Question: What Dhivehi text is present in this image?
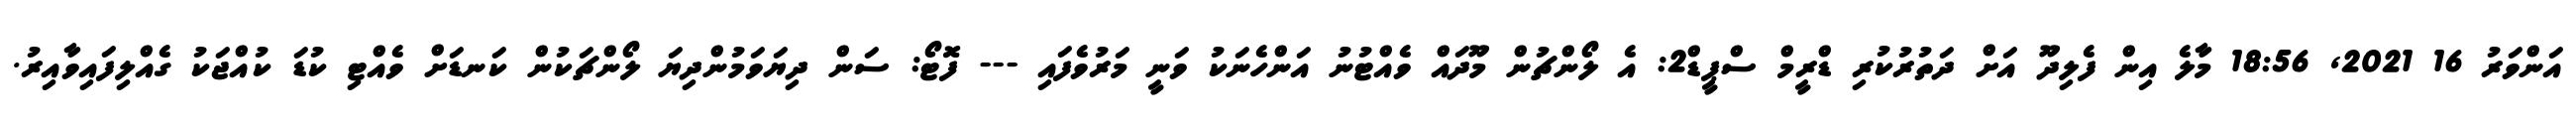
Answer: އަންވަރު 16 2021, 18:56 މާލެ އިން ފެލިދޫ އަށް ދަތުރުކުރި ޑްރީމް ސްޕީޑް2: އެ ލޯންޗުން މޫދައް ވެއްޓުނު އަންހެނަކު ވަނީ މަރުވެފައި --- ފޮޓޯ: ސަން ދިޔަވަމުންދިޔަ ލޯންޗަކުން ކަނޑަށް ވެއްޓި ކުޑަ ކުއްޖަކު ގެއްލިފައިވާއިރު.